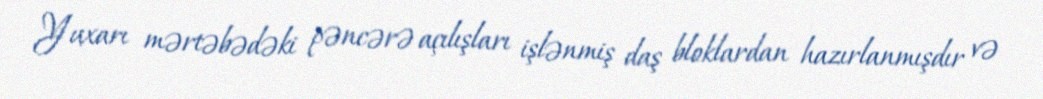
Yuxarı mərtəbədəki pəncərə açılışları işlənmiş daş bloklardan hazırlanmışdır və